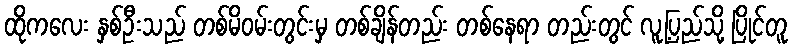
ထိုကလေး နှစ်ဦးသည် တစ်မိဝမ်းတွင်းမှ တစ်ချိန်တည်း တစ်နေရာ တည်းတွင် လူ့ပြည်သို့ ပြိုင်တူ